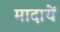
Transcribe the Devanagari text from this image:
मादायें